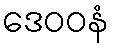
ဒေဝဝနံ